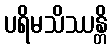
ပရိမသိဿန္တိ